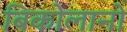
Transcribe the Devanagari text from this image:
बिकोलानो